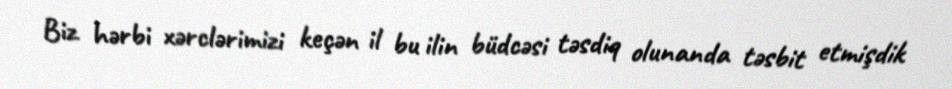
Biz hərbi xərclərimizi keçən il bu ilin büdcəsi təsdiq olunanda təsbit etmişdik